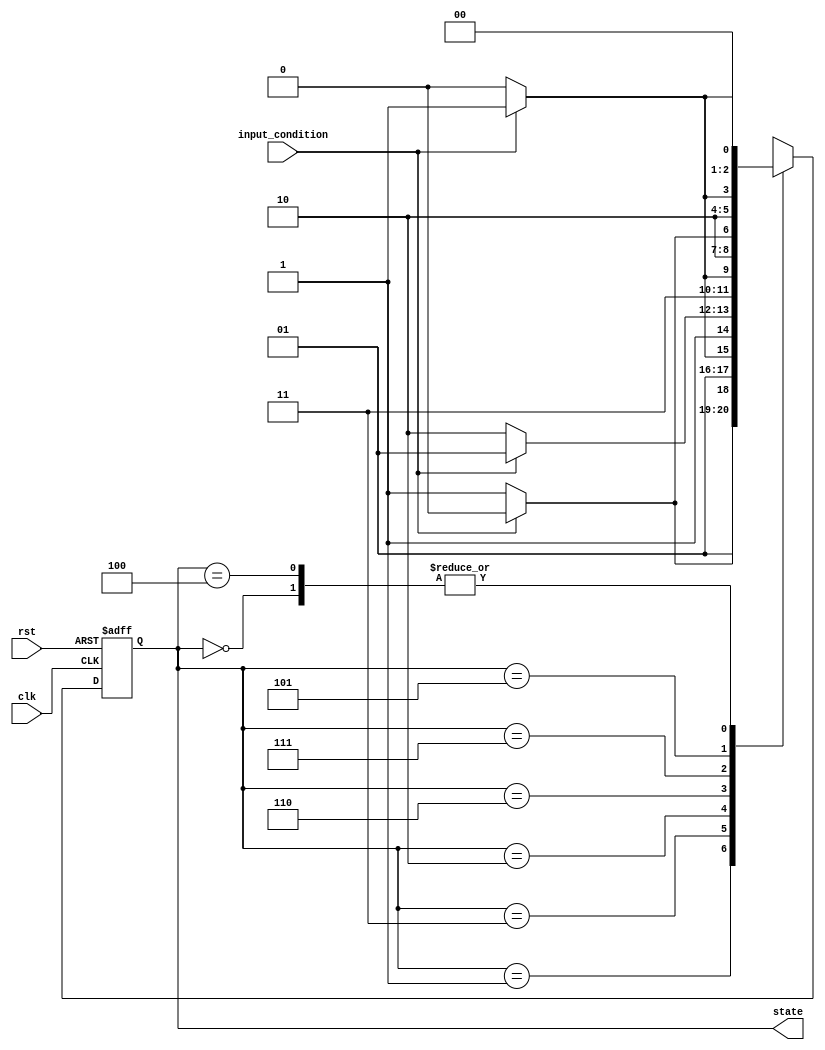
module GrayCodeStateMachine (
  input wire clk,   // Clock input
  input wire rst,   // Reset input
  input wire input_condition,   // Input condition for state transition

  output reg [2:0] state   // State output in Gray Code
);

// Define states in Gray Code
parameter S0 = 3'b000;
parameter S1 = 3'b001;
parameter S2 = 3'b011;
parameter S3 = 3'b010;
parameter S4 = 3'b110;
parameter S5 = 3'b111;
parameter S6 = 3'b101;
parameter S7 = 3'b100;

// Define state register
reg [2:0] next_state, current_state;

// State transition logic
always @ (posedge clk or posedge rst) begin
  if (rst) begin
    current_state <= S0;
  end else begin
    current_state <= next_state;
  end
end

// State transition conditions
always @* begin
  case (current_state)
    S0: next_state = (input_condition) ? S1 : S0;
    S1: next_state = (input_condition) ? S3 : S2;
    S2: next_state = (input_condition) ? S2 : S3;
    S3: next_state = (input_condition) ? S6 : S4;
    S4: next_state = (input_condition) ? S5 : S4;
    S5: next_state = (input_condition) ? S7 : S6;
    S6: next_state = (input_condition) ? S6 : S7;
    S7: next_state = (input_condition) ? S1 : S0;
    default: next_state = S0;
  endcase
end

// Output assignment
always @* begin
  state = current_state;
end

endmodule